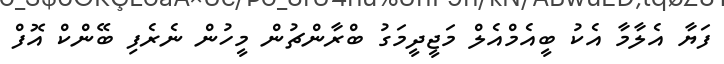
ފަޔާ އެލާމާ އެކު ބީއެމްއެލް މަޖީދީމަގު ބްރާންޗުން މީހުން ނެރެފި ބޭންކް އޮފް